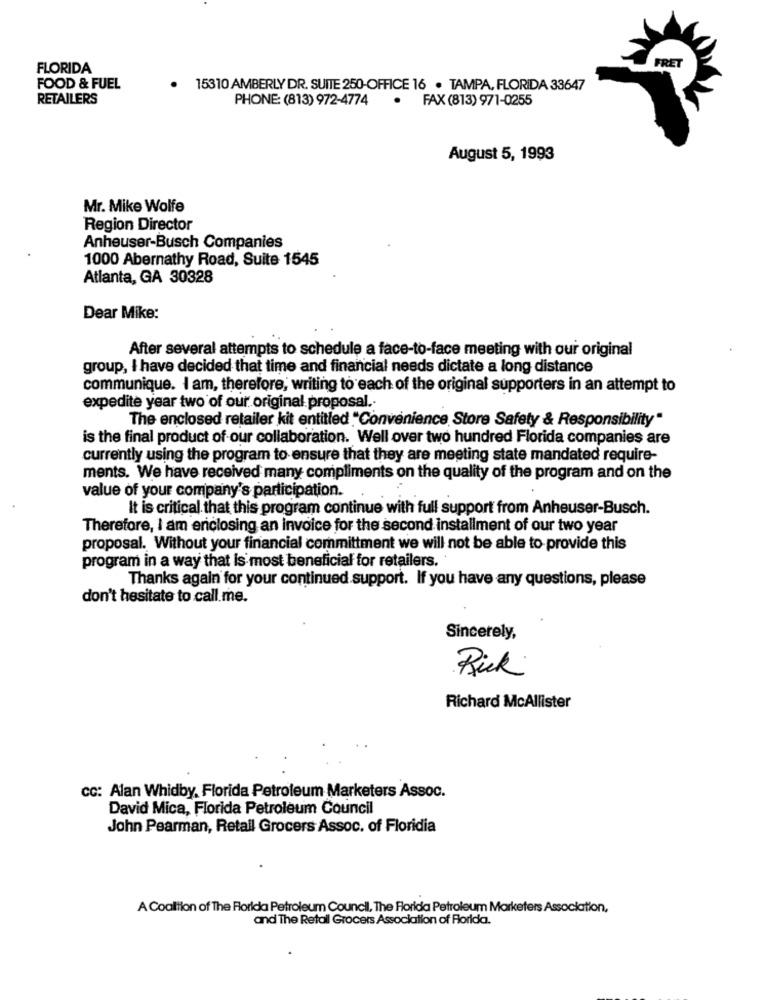
FLORIDA
FRET
FOOD & FUEL
.
15310 AMBERLY DR. SUITE 250-OFFICE 16 . TAMPA, FLORIDA 33647
RETAILERS
PHONE: (813) 972-4774
· FAX (813) 971-0255
August 5, 1993
Mr. Mike Wolfe
Region Director
Anheuser-Busch Companies
1000 Abernathy Road, Suite 1545
Atlanta, GA 30328
Dear Mike:
After several attempts to schedule a face-to-face meeting with our original
group, I have decided that time and financial needs dictate a long distance
communique. I am, therefore, writing to each of the original supporters in an attempt to
expedite year two of our original proposal ..
The enclosed retailer kit entitled "Convenience Store Safety & Responsibility"
is the final product of our collaboration. Well over two hundred Florida companies are
currently using the program to ensure that they are meeting state mandated require-
ments. We have received many compliments on the quality of the program and on the
value of your company's participation.
It is critical that this program continue with full support from Anheuser-Busch.
Therefore, I am enclosing an invoice for the second installment of our two year
proposal. Without your financial committment we will not be able to provide this
program in a way that is most beneficial for retailers.
Thanks again for your continued support. If you have any questions, please
don't hesitate to call.me.
Sincerely,
Rick
Richard McAllister
cc: Alan Whidby, Florida Petroleum Marketers Assoc.
David Mica, Florida Petroleum Council
John Pearman, Retall Grocers Assoc. of Floridia
A Coalition of The Florida Petroleum Council, The Florida Petroleum Marketers Association,
and The Retail Grocers Association of Florida.